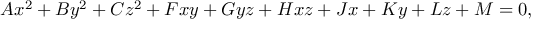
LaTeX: A x ^ { 2 } + B y ^ { 2 } + C z ^ { 2 } + F x y + G y z + H x z + J x + K y + L z + M = 0 ,